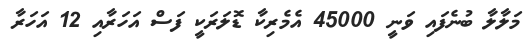
މަލާލާ ބުނެފައި ވަނީ 45000 އެމެރިކާ ޑޮލަރަކީ ފަސް އަހަރާއި 12 އަހަރާ